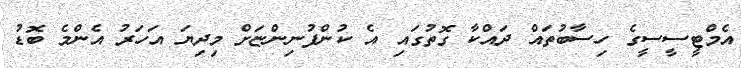
އެމްޓީސީސީގެ ހިސާބުތައް ދައްކާ ގޮތުގައި އެ ކުންފުނިންޏަށް މިދިޔަ އަހަރު އެންމެ ބޮޑު